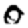
Digit: 0